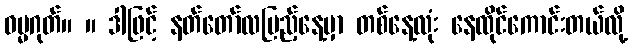
ဓမ္မဂုတ်။ ။ ဒါဖြင့် နတ်တော်လပြည့်နေ့မှာ တစ်နေ့လုံး နေထိုင်ကောင်းတယ်လို့